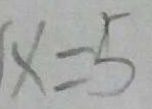
x = 5